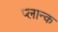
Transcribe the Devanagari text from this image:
प्लान्क